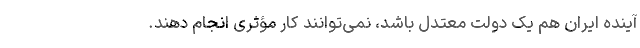
آینده ایران هم یک دولت معتدل باشد، نمی‌توانند کار مؤثری انجام دهند.